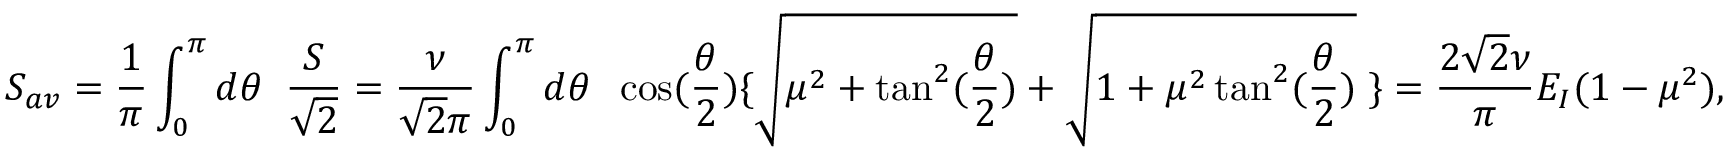
S _ { a v } = \frac { 1 } { \pi } \int _ { 0 } ^ { \pi } d \theta \; \; \frac { S } { \sqrt { 2 } } = \frac { \nu } { \sqrt { 2 } \pi } \int _ { 0 } ^ { \pi } d \theta \; \; \cos ( \frac { \theta } { 2 } ) \{ \sqrt { \mu ^ { 2 } + \tan ^ { 2 } ( \frac { \theta } { 2 } ) } + \sqrt { 1 + \mu ^ { 2 } \tan ^ { 2 } ( \frac { \theta } { 2 } ) } \; \} = \frac { 2 \sqrt { 2 } \nu } { \pi } E _ { I } ( 1 - \mu ^ { 2 } ) ,